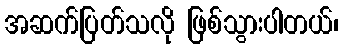
အဆက်ပြတ်သလို ဖြစ်သွားပါတယ်၊